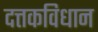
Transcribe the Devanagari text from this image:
दत्तकविधान